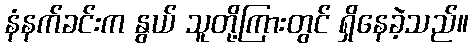
နံနက်ခင်းက နွယ် သူတို့ကြားတွင် ရှိနေခဲ့သည်။